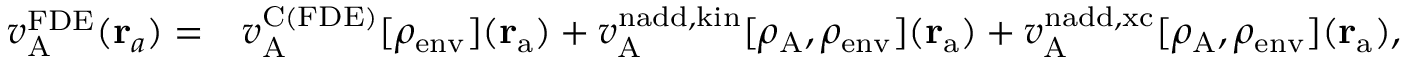
\begin{array} { r l } { v _ { \mathrm { A } } ^ { \mathrm { F D E } } ( \mathbf { r } _ { a } ) = } & { v _ { \mathrm { A } } ^ { \mathrm { C ( F D E ) } } [ \rho _ { \mathrm { e n v } } ] ( \mathbf { r } _ { \mathrm { a } } ) + v _ { \mathrm { A } } ^ { \mathrm { n a d d , k i n } } [ \rho _ { \mathrm { A } } , \rho _ { \mathrm { e n v } } ] ( \mathbf { r } _ { \mathrm { a } } ) + v _ { \mathrm { A } } ^ { \mathrm { n a d d , x c } } [ \rho _ { \mathrm { A } } , \rho _ { \mathrm { e n v } } ] ( \mathbf { r } _ { \mathrm { a } } ) , } \end{array}